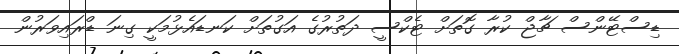
ޑިސްޓޭންސް ޗާޖް ކުރާ ގޮތަށް ޓެކްސީ ދަތުރުގެ އަގުތަށް ކަނޑައެޅުމަކީ ގިނަ ޑްރައިވަރުން